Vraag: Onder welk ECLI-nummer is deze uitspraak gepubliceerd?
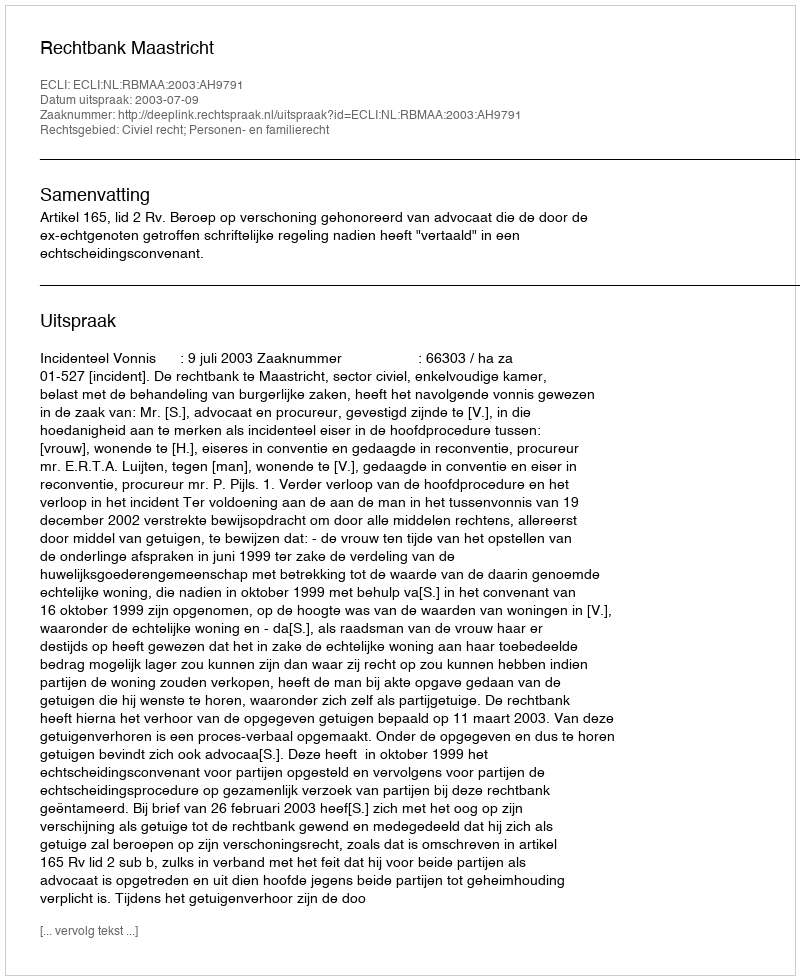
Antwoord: ECLI:NL:RBMAA:2003:AH9791